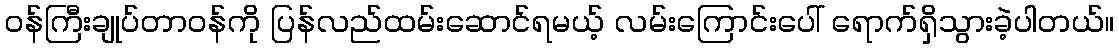
ဝန်ကြီးချုပ်တာဝန်ကို ပြန်လည်ထမ်းဆောင်ရမယ့် လမ်းကြောင်းပေါ် ရောက်ရှိသွားခဲ့ပါတယ်။